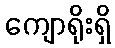
ကျောရိုးရှိ